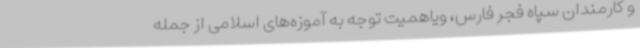
و کارمندان سپاه فجر فارس، ویاهمیت توجه به آموزه‌های اسلامی از جمله